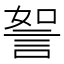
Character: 𧧏